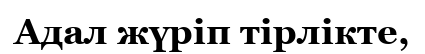
Адал жүріп тірлікте,